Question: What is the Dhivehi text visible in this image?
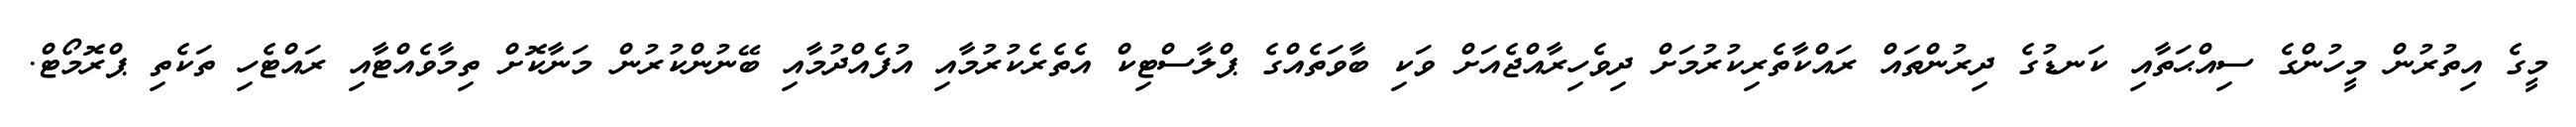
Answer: މީގެ އިތުރުން މީހުންގެ ސިއްޙަތާއި ކަނޑުގެ ދިރުންތައް ރައްކާތެރިކުރުމަށް ދިވެހިރާއްޖެއަށް ވަކި ބާވަތެއްގެ ޕްލާސްޓިކް އެތެރެކުރުމާއި އުފެއްދުމާއި ބޭނުންކުރުން މަނާކޮށް ތިމާވެއްޓާއި ރައްޓެހި ތަކެތި ޕްރޮމޯޓް.